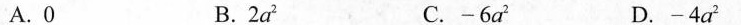
A.0 B.2a^{2} C.-6a^{2} D.-4a^{2}